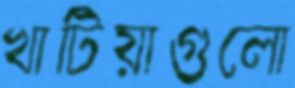
খাটিয়াগুলো